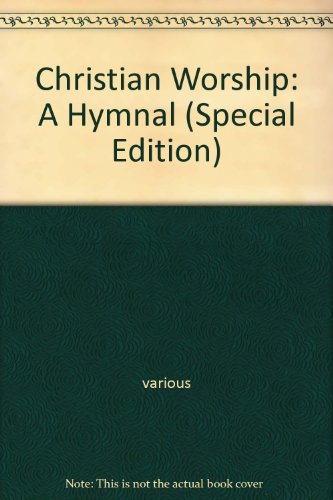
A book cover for Christian Worship: A Hymnal (Special Edition); various; Christian Books & Bibles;